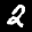
Label: 2